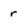
Character: r